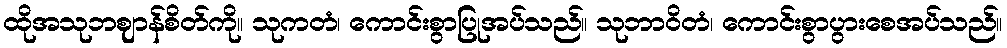
ထိုအသုဘဈာန်စိတ်ကို။ သုကတံ၊ ကောင်းစွာပြုအပ်သည်။ သုဘာဝိတံ၊ ကောင်းစွာပွားစေအပ်သည်။